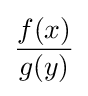
{\frac {f(x)}{g(y)}}